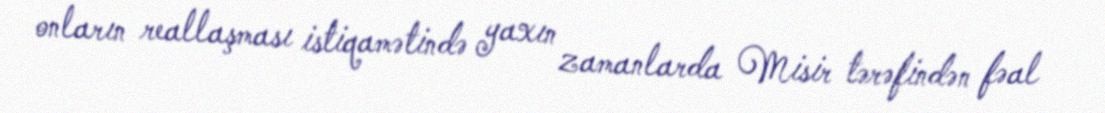
onların reallaşması istiqamətində yaxın zamanlarda Misir tərəfindən fəal